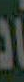
و